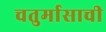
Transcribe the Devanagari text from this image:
चतुर्मासाची